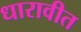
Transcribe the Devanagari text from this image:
धारावीत